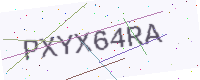
Text: PXYX64RA